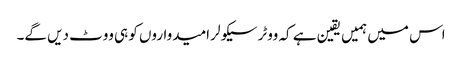
اس میں ہمیں یقین ہے کہ ووٹر سیکولر امیدواروں کو ہی ووٹ دیں گے۔